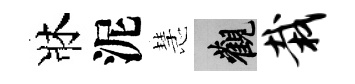
牀泥慧觀栽